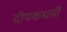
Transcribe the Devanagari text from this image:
दीपकधर्मी